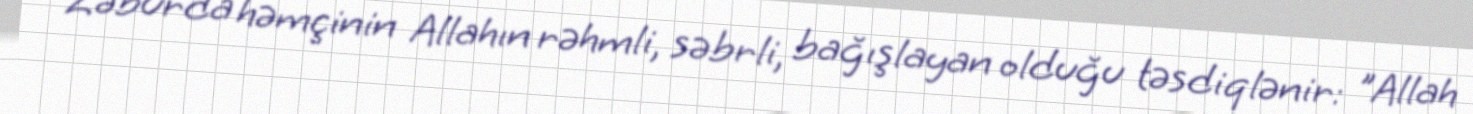
Zəburda həmçinin Allahın rəhmli, səbrli, bağışlayan olduğu təsdiqlənir: "Allah